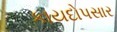
કાયદોપસાર